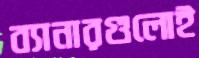
ব্যানারগুলোই